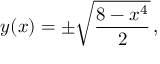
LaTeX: y ( x ) = \pm { \sqrt { \frac { 8 - x ^ { 4 } } { 2 } } } \, ,